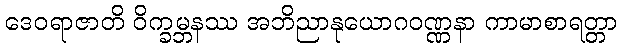
ဒေဝရာဇာတိ ဝိက္ခမ္ဘနဿ အဘိညာနုယောဂဝဏ္ဏနာ ကာမာစာရတ္တာ